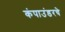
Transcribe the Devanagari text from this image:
कंपाउंडरचे